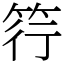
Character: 筕